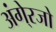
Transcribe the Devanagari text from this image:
अंगे्रजो